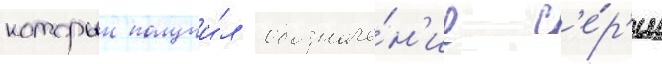
которыи получи́л обозначе́н'ие с'е́р'ии